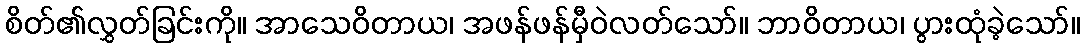
စိတ်၏လွှတ်ခြင်းကို။ အာသေဝိတာယ၊ အဖန်ဖန်မှီဝဲလတ်သော်။ ဘာဝိတာယ၊ ပွားထုံခဲ့သော်။